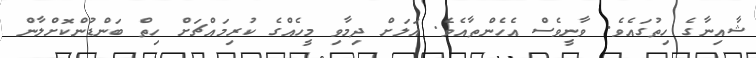
ޝާއިނާގެ ހިތުގައެވެ. ވާނީވެސް އެހެންތާއެވެ. އަލަށް ދިމާވި މީހެއްގެ ކުރިމައްޗަށް ހިތް ބަންޑުންކޮށްލާން